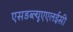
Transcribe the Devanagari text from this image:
एसडब्ल्यूएएलईसी